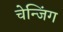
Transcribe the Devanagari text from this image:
चेन्जिंग